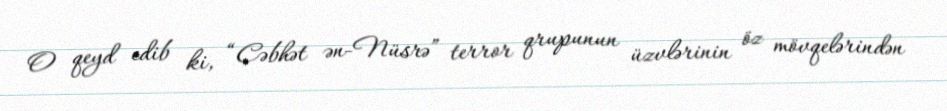
O qeyd edib ki, “Cəbhət ən-Nüsrə” terror qrupunun üzvlərinin öz mövqelərindən